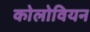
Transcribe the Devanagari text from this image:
कोलोवियन